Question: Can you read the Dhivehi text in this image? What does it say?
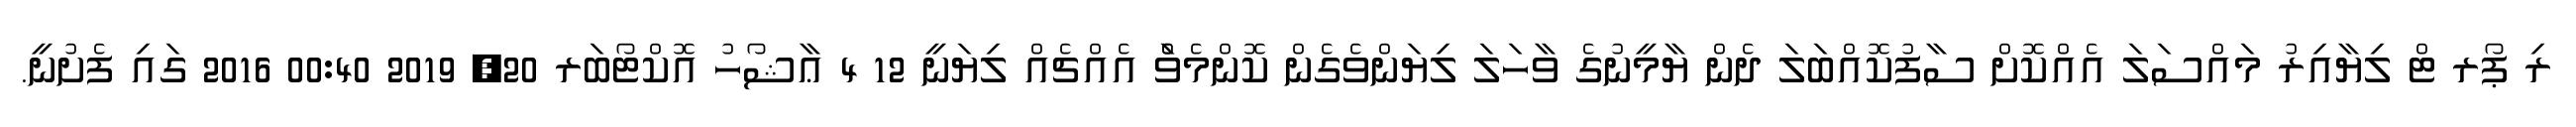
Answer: ރި ޕޯރ ޓް ލިޔާއިރު މައްސަލަ އެއްކޮށް ސާފުކޮއްބަލަ ދެން ޔާމީނުގެ ވާހަލަ ލިޔަންވެގެން ކޮންމެވެަް އެއްޗެއް ލިޔަނީ 12 4 ޢާޝޯހު އޮކްޓޯބަރ 20, 2019 00:40 2016 ގައި ފެށުނީ.